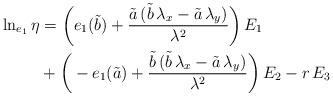
LaTeX: \begin{align*}\begin{aligned}\ln_{e_1}\eta&=\bigg(e_1(\tilde{b})+\frac{\tilde{a}\,(\tilde{b}\,\lambda_x-\tilde{a}\,\lambda_y)}{\lambda^2}\bigg)\,E_1\\&+\bigg(-e_1(\tilde{a})+\frac{\tilde{b}\,(\tilde{b}\,\lambda_x-\tilde{a}\,\lambda_y)}{\lambda^2}\bigg)\,E_2-r\,E_3\end{aligned}\end{align*}